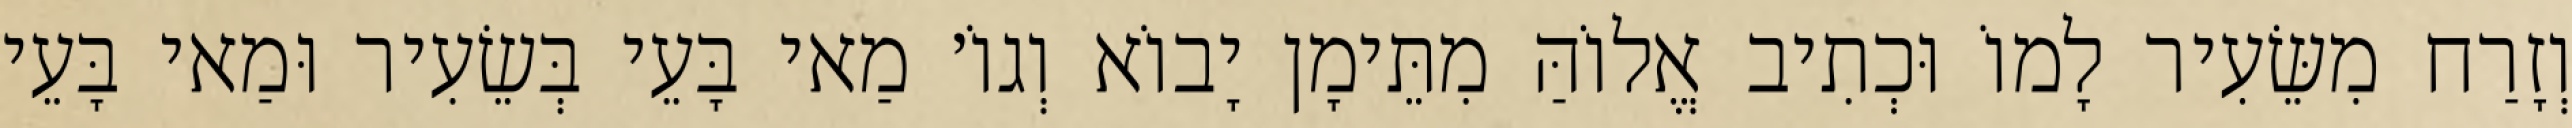
וְזָרַח מִשֵּׂעִיר לָמוֹ וּכְתִיב אֱלוֹהַּ מִתֵּימָן יָבוֹא וְגוֹ׳ מַאי בָּעֵי בְּשֵׂעִיר וּמַאי בָּעֵי